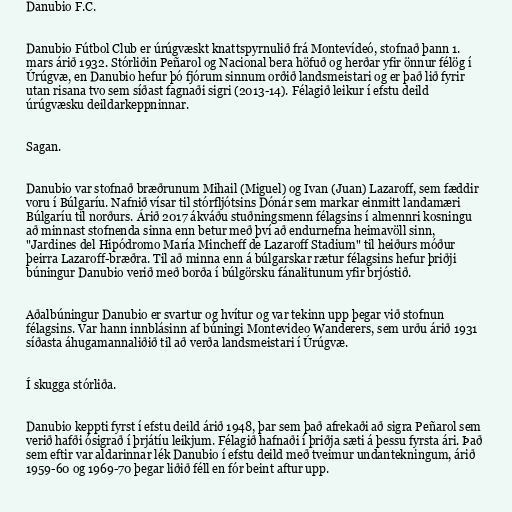
Danubio F.C.

Danubio Fútbol Club er úrúgvæskt knattspyrnulið frá Montevídeó, stofnað þann 1.
mars árið 1932. Stórliðin Peñarol og Nacional bera höfuð og herðar yfir önnur félög í
Úrúgvæ, en Danubio hefur þó fjórum sinnum orðið landsmeistari og er það lið fyrir
utan risana tvo sem síðast fagnaði sigri (2013-14). Félagið leikur í efstu deild
úrúgvæsku deildarkeppninnar.

Sagan.

Danubio var stofnað bræðrunum Mihail (Miguel) og Ivan (Juan) Lazaroff, sem fæddir
voru í Búlgaríu. Nafnið vísar til stórfljótsins Dónár sem markar einmitt landamæri
Búlgaríu til norðurs. Árið 2017 ákváðu stuðningsmenn félagsins í almennri kosningu
að minnast stofnenda sinna enn betur með því að endurnefna heimavöll sinn,
"Jardines del Hipódromo María Mincheff de Lazaroff Stadium" til heiðurs móður
þeirra Lazaroff-bræðra. Til að minna enn á búlgarskar rætur félagsins hefur þriðji
búningur Danubio verið með borða í búlgörsku fánalitunum yfir brjóstið.

Aðalbúningur Danubio er svartur og hvítur og var tekinn upp þegar við stofnun
félagsins. Var hann innblásinn af búningi Montevideo Wanderers, sem urðu árið 1931
síðasta áhugamannaliðið til að verða landsmeistari í Úrúgvæ.

Í skugga stórliða.

Danubio keppti fyrst í efstu deild árið 1948, þar sem það afrekaði að sigra Peñarol sem
verið hafði ósigrað í þrjátíu leikjum. Félagið hafnaði í þriðja sæti á þessu fyrsta ári. Það
sem eftir var aldarinnar lék Danubio í efstu deild með tveimur undantekningum, árið
1959-60 og 1969-70 þegar liðið féll en fór beint aftur upp.